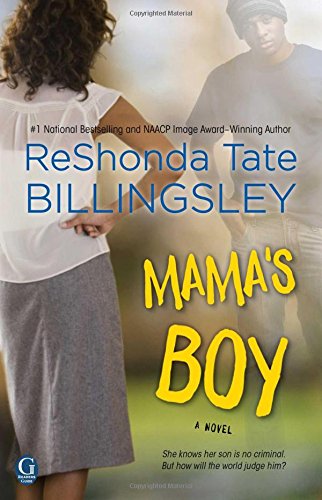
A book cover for Mama's Boy; ReShonda Tate Billingsley; Literature & Fiction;